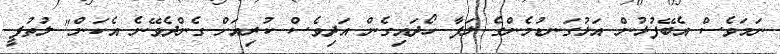
ނަމަވެސް އެބޭފުޅުން އަޅުގަނޑުމެންގެ ލަފާ ހޯދައިގެން އަދިވެސް ކުރިއަށް ގެންދެވޭނެ އެކަން" ލުތުފީ